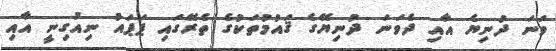
ވަނަ ދުނިޔެ އާއި ދެވަނަ ދުނިޔޭގެ ޤައުމުތަކުގެ ތެރޭގައި ޕަޕައު ނިއުގިނީ އާއި